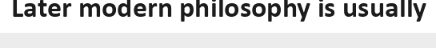
Later modern philosophy is usually